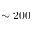
\sim 2 0 0